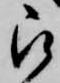
被